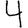
Digit: 4